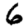
Digit: 6